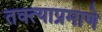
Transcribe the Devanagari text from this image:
तक्त्याप्रमाणे